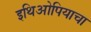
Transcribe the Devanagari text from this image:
इथिओपियाचा